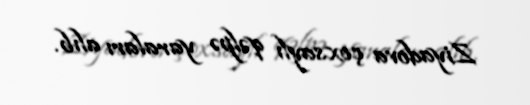
Ziyadova çoxsaylı qəlpə yaraları alıb.